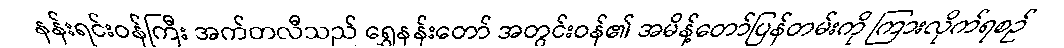
နန်းရင်းဝန်ကြီး အက်တလီသည် ရွှေနန်းတော် အတွင်းဝန်၏ အမိန့်တော်ပြန်တမ်းကို ကြားလိုက်ရစဉ်